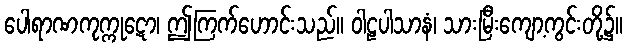
ပေါရာဏကုက္ကုဋော၊ ဤကြက်ဟောင်းသည်။ ဝါဠပါသာနံ၊ သားမြီးကျော့ကွင်းတို့၌။